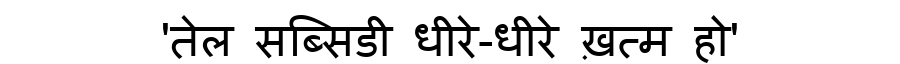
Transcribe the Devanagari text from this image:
'तेल सब्सिडी धीरे-धीरे ख़त्म हो'